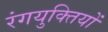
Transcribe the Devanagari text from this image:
रंगयुक्तियों